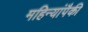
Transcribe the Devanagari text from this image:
महिन्यांपैकी